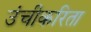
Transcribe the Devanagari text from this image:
उंचीकरिता